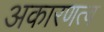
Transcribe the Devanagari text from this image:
अकारणत्व